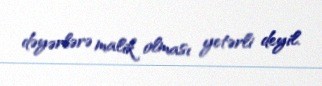
dəyərlərə malik olması yetərli deyil.